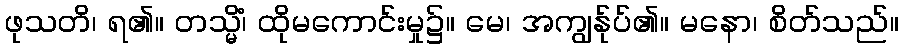
ဖုသတိ၊ ရ၏။ တသ္မိံ၊ ထိုမကောင်းမှု၌။ မေ၊ အကျွန်ုပ်၏။ မနော၊ စိတ်သည်။